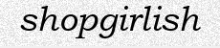
shopgirlish